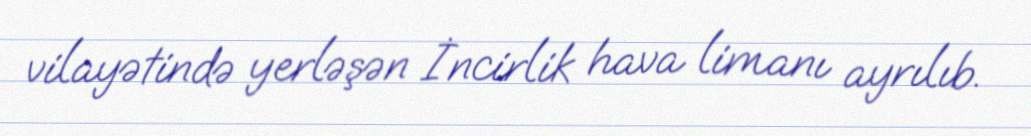
vilayətində yerləşən İncirlik hava limanı ayrılıb.